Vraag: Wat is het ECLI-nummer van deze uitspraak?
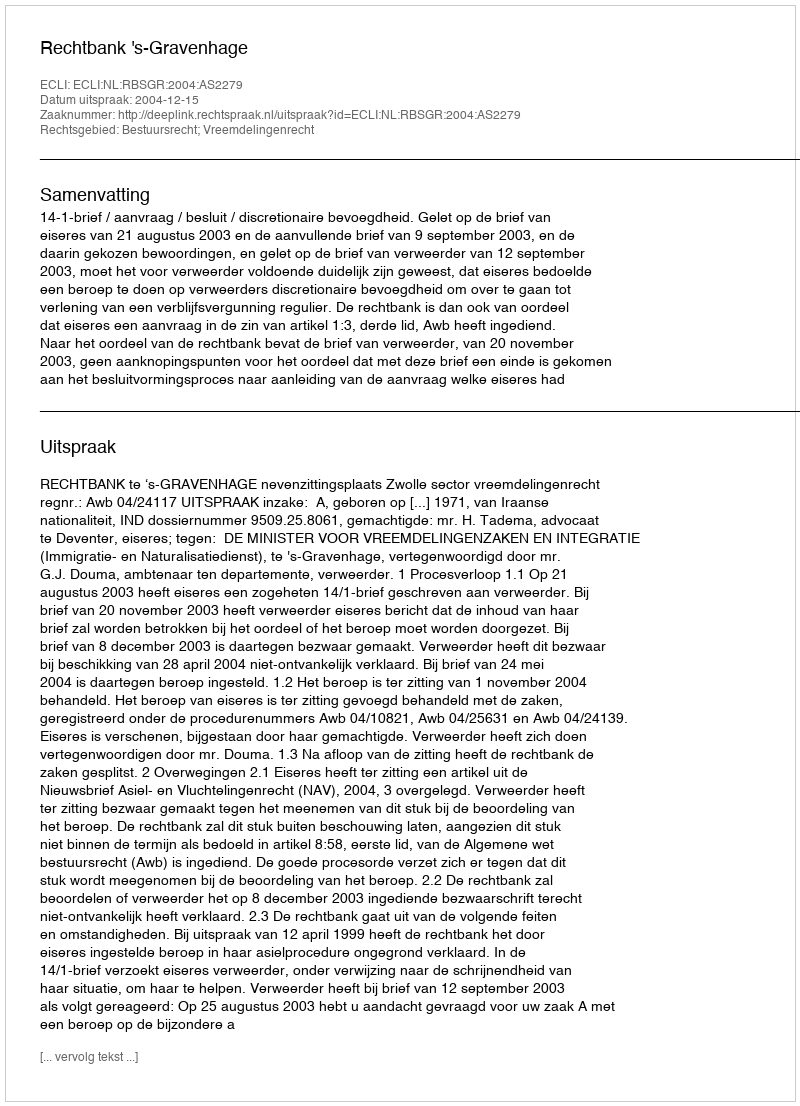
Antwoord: ECLI:NL:RBSGR:2004:AS2279